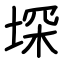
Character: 堔